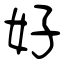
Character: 好